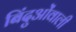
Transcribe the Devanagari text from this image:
बिंदुओंवाली